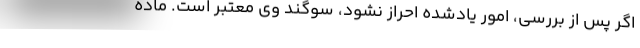
اگر پس از بررسی، امور یادشده احراز نشود، سوگند وی معتبر است. ماده